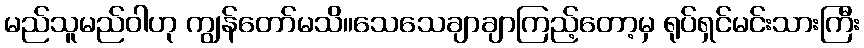
မည်သူမည်ဝါဟု ကျွန်တော်မသိ။သေသေချာချာကြည့်တော့မှ ရုပ်ရှင်မင်းသားကြီး